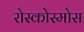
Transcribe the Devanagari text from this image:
रोस्कोस्मोस